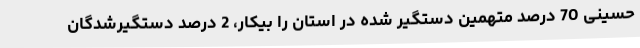
حسینی 70 درصد متهمین دستگیر شده در استان را بیکار، 2 درصد دستگیرشدگان